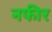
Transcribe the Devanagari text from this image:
नफीर